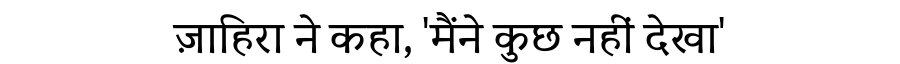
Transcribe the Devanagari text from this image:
ज़ाहिरा ने कहा, 'मैंने कुछ नहीं देखा'